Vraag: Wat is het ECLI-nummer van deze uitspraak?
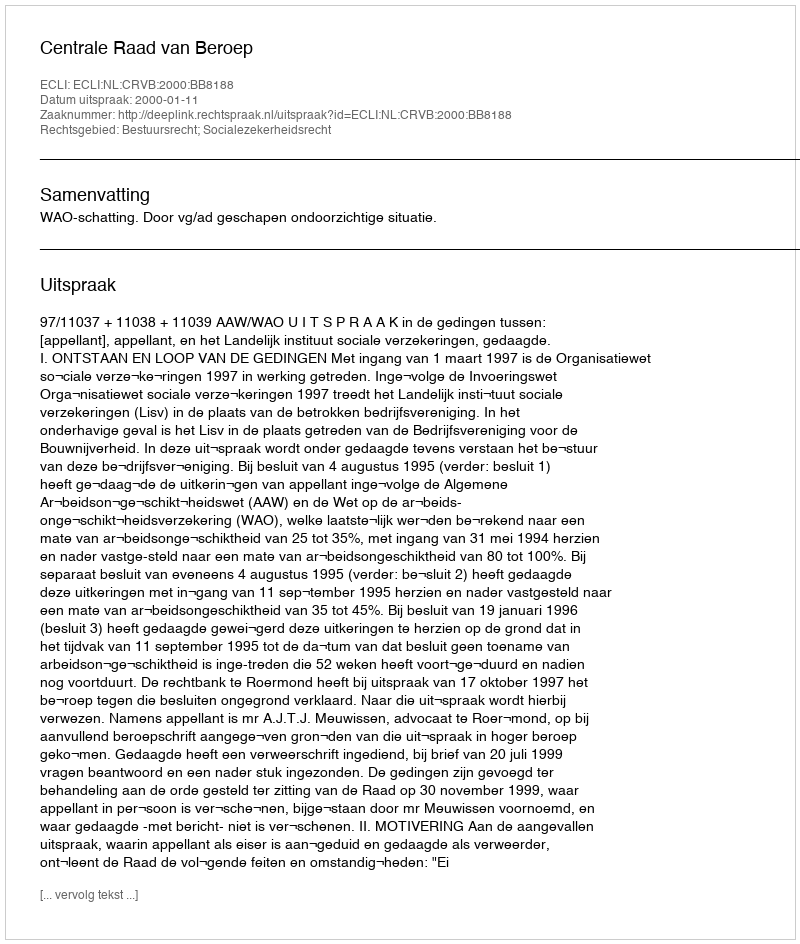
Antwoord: ECLI:NL:CRVB:2000:BB8188